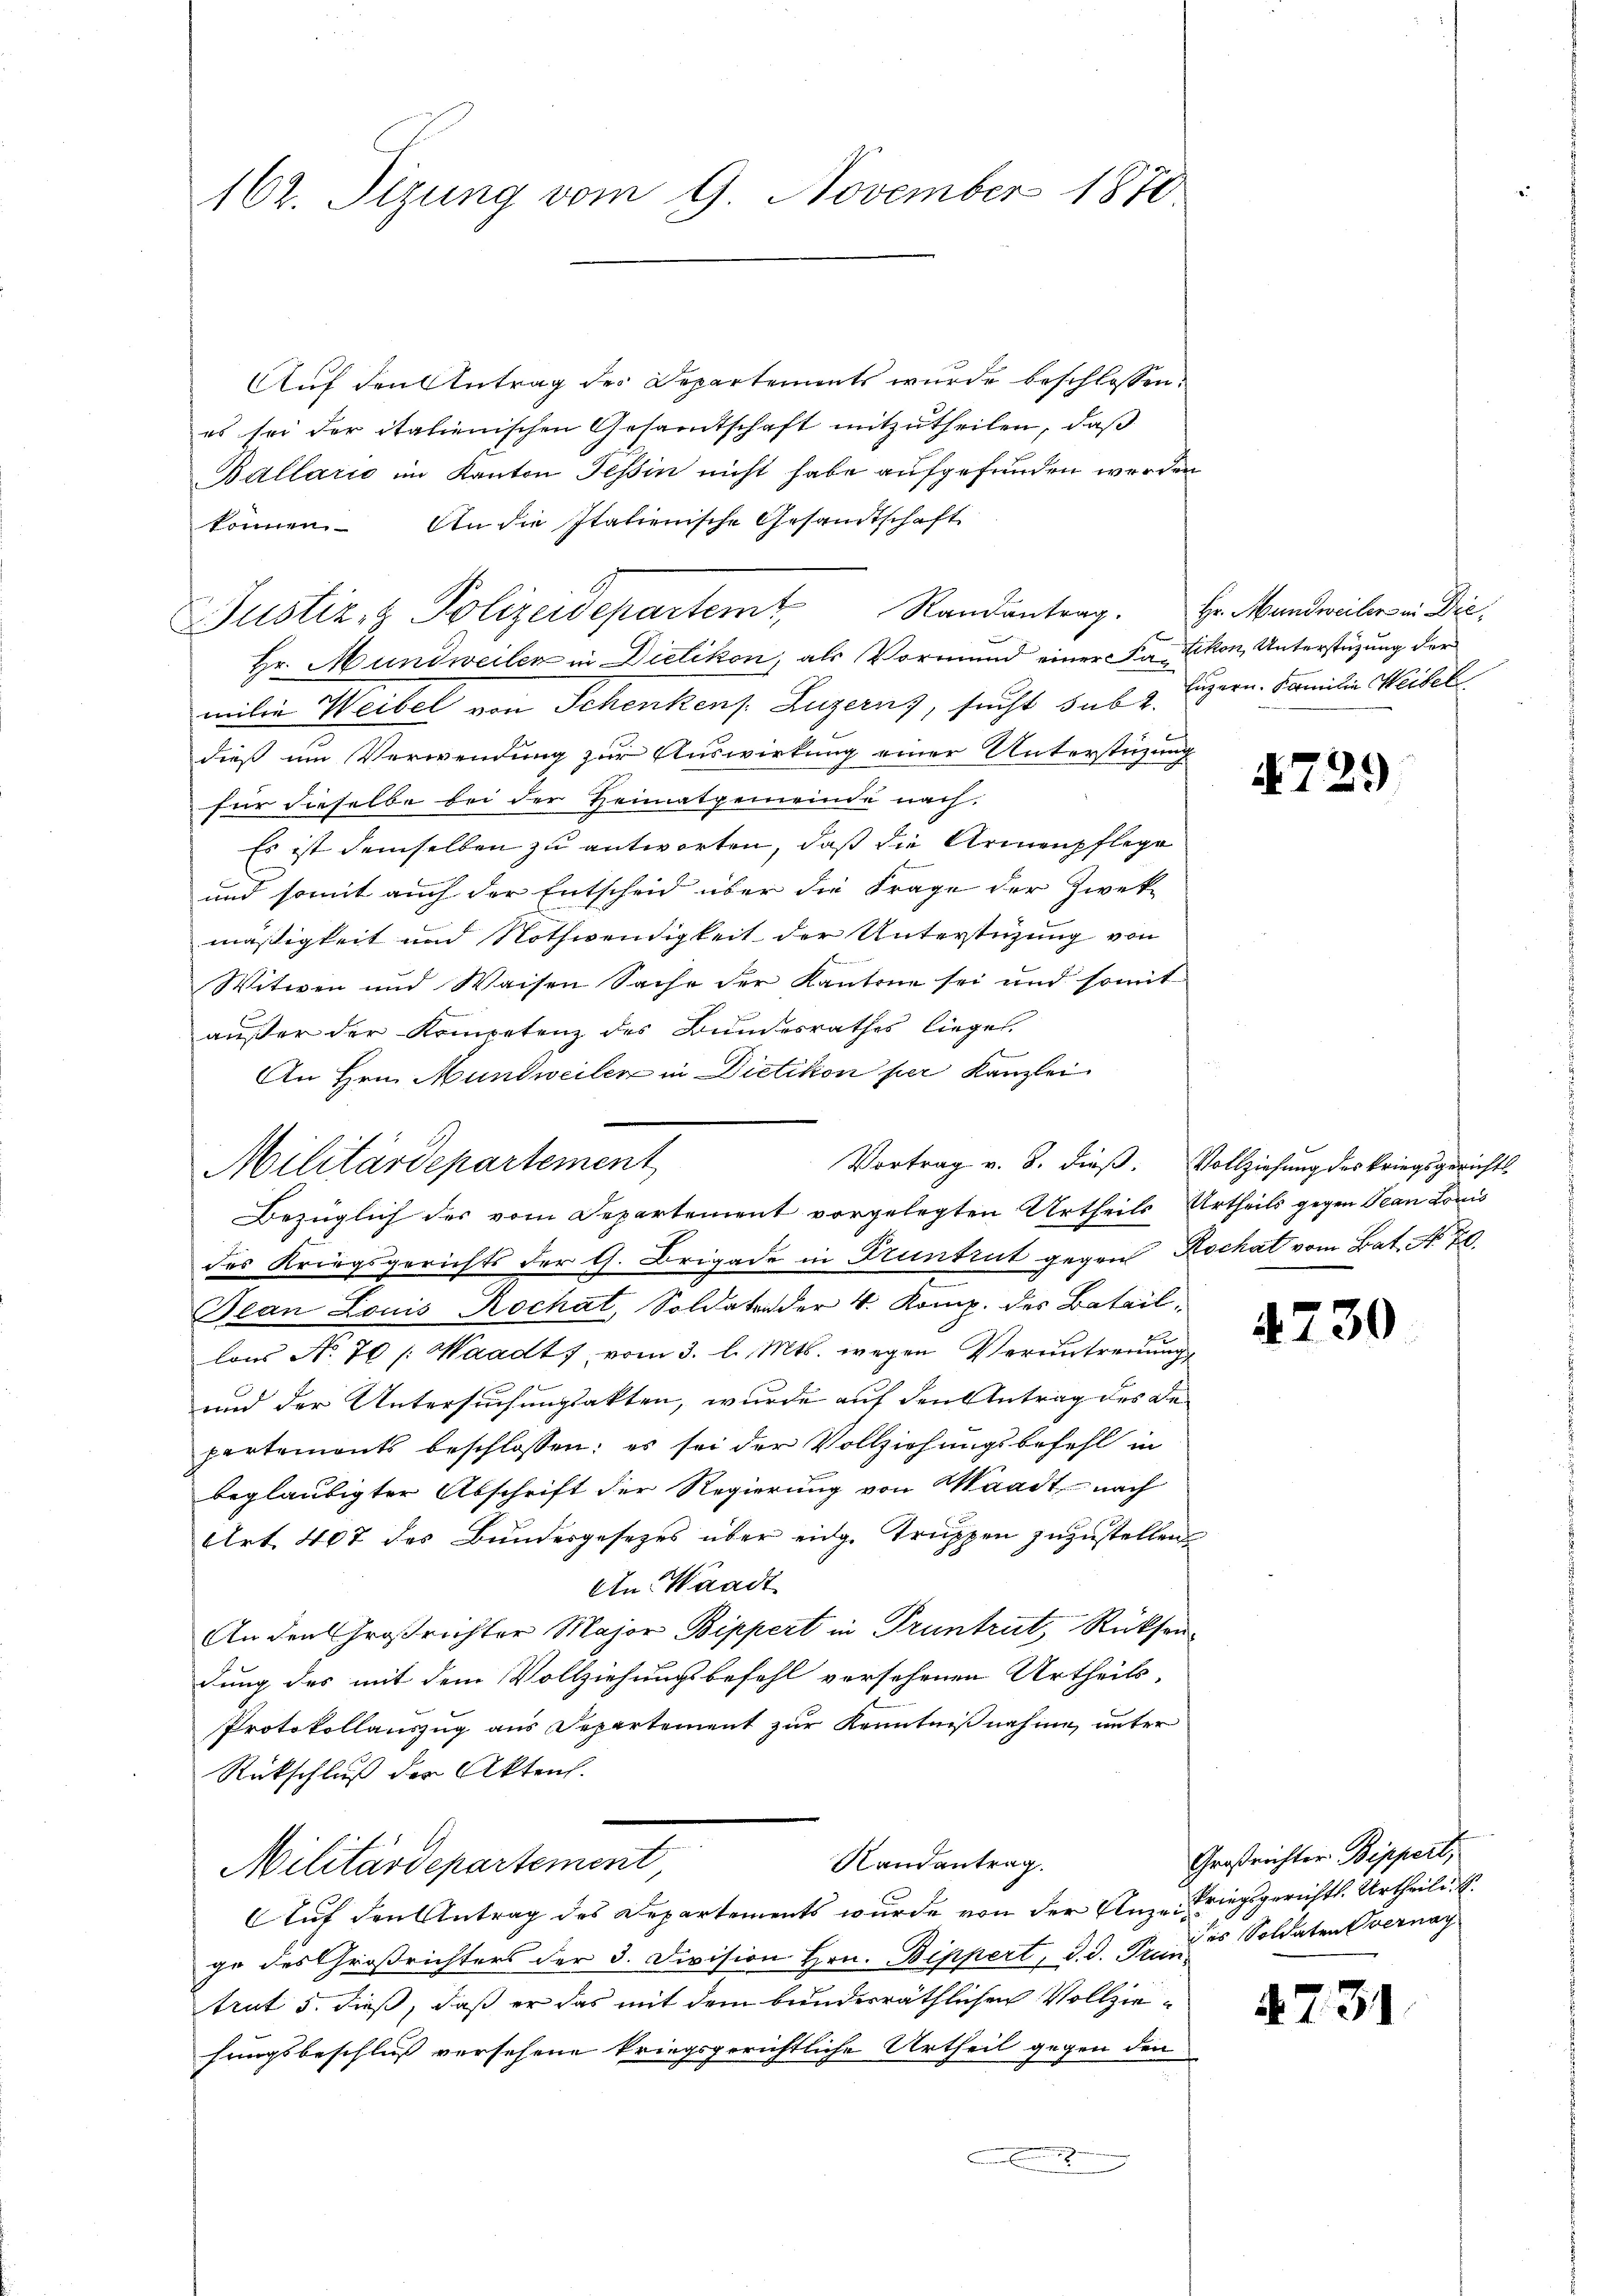
162. Tizung vom 9. November 1870.

Auf den Antrag des Departements wurde beschlossen:
es sei der italienischen Gesamtschaft mitzutheilen, daß
Ballarić im Kanton Tessin nicht habe aufgefunden werden
können. An die Italienische Gesandtschaft
Hr. Mundweiler in Dietikon, als Vormund einer Fa Schon, Unterstüzung der
milie Weibel von Schenkens. Luzern), sucht sub 2. Luzern. Familie Weibel
dieß um Verwendung zur Auswirkung einer Unterstüzung
für dieselbe bei der Heimatgemeinde nach,
Es ist demselben zu antworten, daß die Armenpflege
und somit auch der Entscheid über die Frage der Zwek-
mäßigkeit und Nothwendigkeit der Unterstüzung von
Witwen und Waisen Sache der Kantone sei und somit
außer der Kompetenz des Bundesrathes liegel.
An Hrn. Mundweilen in Dietikon per Kanzlei
des Kriegsgerichts der G. Brigade in Fruntrut gegen Kochat vom Bat. No 20.
Jean Louis Rochat, Soldaten der 4. Komp. des Batail,
lons No. 70 /: Waadt, vom 3. l. Mts. wegen Verantreuung
und der Untersuchungsakten, wurde auf den Antrag des de
partements beschlossen: es sei der Vollziehungsbefehl in
beglaubigter Abschrift der Regierung von Waadt, nach
Art. 407 des Bundesgesezes über eidg. Truppen zuzustellen
An Waadt
An den Großrichter Major Bippert in Pruntrut, Rücksendung des mit dem Vollziehungsbefehl versehenen Urtheils,
Protokollauszug aus Departement zur Kenntnißnahme unter
Rückschluß der Akten.
m
Randantrag.
Militärdepartement,
Auf den Antrag des Departements wurde von der Unze-Kriegsgerichtl. Urtheile
ge des Großrichters der 3. Division Hrn. Bippert, d. d. Frau Soldaten Obernay
trut 5. dieß, daß er das mit dem bunderräthlichen Vollziefungsbeschluß versehene kriegsgerichtliche Urtheil gegen den

Justiz- & Polizeidepartemt Randantrag. Hr. Mundweiler in Drie¬

Militärdepartement
Bezüglich des vom Departement vorgelegten Urtheils Urtheils gegen Jean Louis

4729

Vortrag v. 8. dieß. Vollziehung des Kriegsgerichts

4730

Großrichter Bippert,

4731